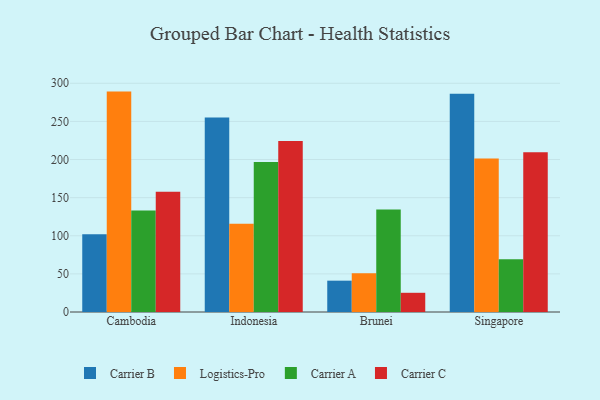
{"axis": {"x": "Country", "y": "Tickets Resolved"}, "legend": ["Carrier A", "Carrier B", "Carrier C", "Logistics-Pro"], "data": [{"x": "Cambodia", "y": 102.1, "type": "Carrier B"}, {"x": "Cambodia", "y": 289.1, "type": "Logistics-Pro"}, {"x": "Cambodia", "y": 133.1, "type": "Carrier A"}, {"x": "Cambodia", "y": 157.7, "type": "Carrier C"}, {"x": "Indonesia", "y": 255.2, "type": "Carrier B"}, {"x": "Indonesia", "y": 115.8, "type": "Logistics-Pro"}, {"x": "Indonesia", "y": 196.9, "type": "Carrier A"}, {"x": "Indonesia", "y": 224.4, "type": "Carrier C"}, {"x": "Brunei", "y": 41.1, "type": "Carrier B"}, {"x": "Brunei", "y": 50.8, "type": "Logistics-Pro"}, {"x": "Brunei", "y": 134.4, "type": "Carrier A"}, {"x": "Brunei", "y": 25.2, "type": "Carrier C"}, {"x": "Singapore", "y": 286.4, "type": "Carrier B"}, {"x": "Singapore", "y": 201.2, "type": "Logistics-Pro"}, {"x": "Singapore", "y": 69.2, "type": "Carrier A"}, {"x": "Singapore", "y": 209.7, "type": "Carrier C"}]}